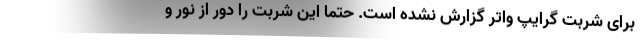
برای شربت گرایپ واتر گزارش نشده است. حتما این شربت را دور از نور و